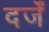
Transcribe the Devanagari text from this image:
दर्जें